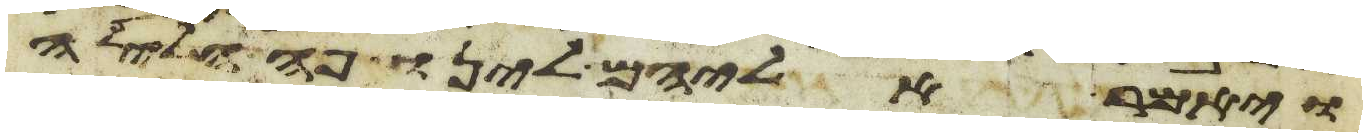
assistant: ויאמר אליהם לינו פה הלילה